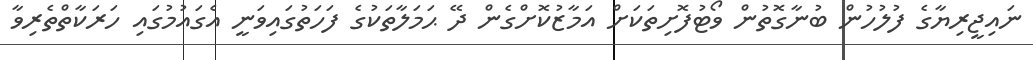
ނައިޖީރިޔާގެ ފުލުހުން ބުނާގޮތުން ވޯޓުފޮށިތަކަށް އަމާޒުކޮށްގެން ދޭ ޙަމަލާތަކުގެ ފަހަތުގައިވަނީ އެގައުމުގައި ހަރަކާތްތެރިވާ